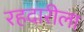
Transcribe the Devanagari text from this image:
रहदारीला